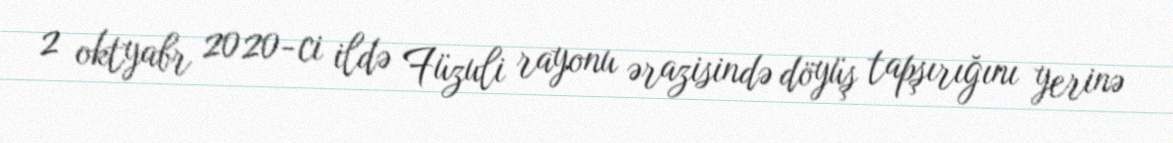
2 oktyabr 2020-ci ildə Füzuli rayonu ərazisində döyüş tapşırığını yerinə